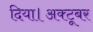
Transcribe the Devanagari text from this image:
दिया।अक्टूबर